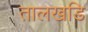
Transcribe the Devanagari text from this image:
तालखडि